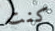
كنت